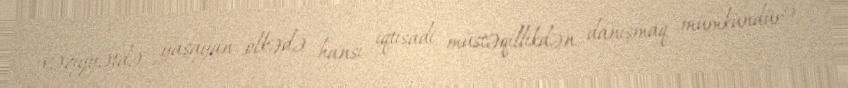
vəziyyətdə yaşayan ölkədə hansı iqtisadi müstəqillikdən danışmaq mümkündür?.